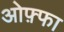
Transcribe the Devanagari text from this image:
ओफ़्फा